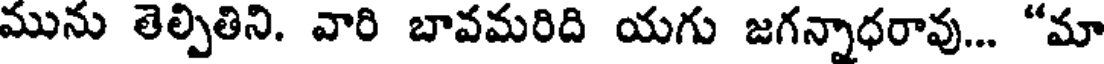
మును తెల్పితిని. వారి బావమరిది యగు జగన్నాధరావు... "మా